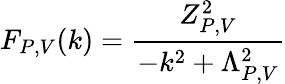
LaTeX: F_{P,V}(k)=\frac{Z_{P,V}^{2}}{-k^{2}+\Lambda_{P,V}^{2}}